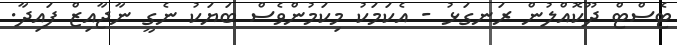
ޓެސްޓް ދޫކޮއްލުން ރަނގަޅު - އެކަމަކު މިކަމުންވެސް ބަޔަކު ނެގީ ނާޖާއިޒް ފައިދާ.